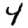
Digit: 4